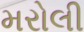
મરોલી